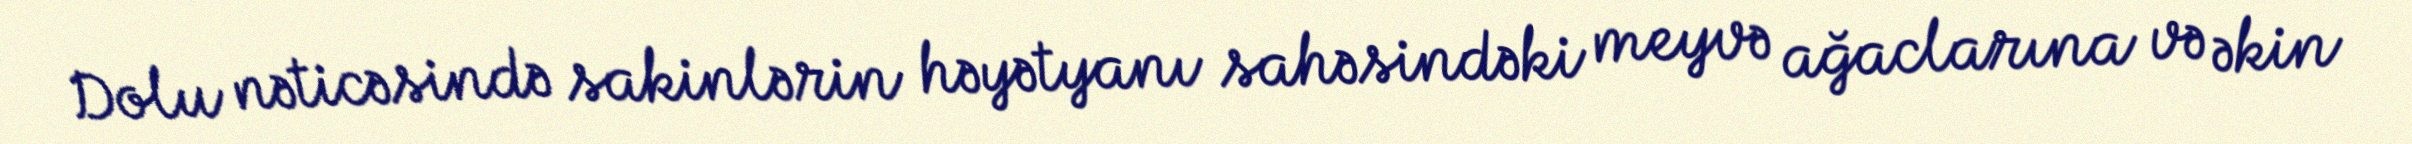
Dolu nəticəsində sakinlərin həyətyanı sahəsindəki meyvə ağaclarına və əkin